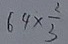
6 4 \times \frac { 2 } { 3 }